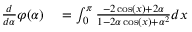
\begin{array} { r l } { { \frac { d } { d \alpha } } \varphi ( \alpha ) } & { { } = \int _ { 0 } ^ { \pi } { \frac { - 2 \cos ( x ) + 2 \alpha } { 1 - 2 \alpha \cos ( x ) + \alpha ^ { 2 } } } d x } \end{array}